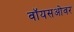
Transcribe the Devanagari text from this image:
वॉयसओवर